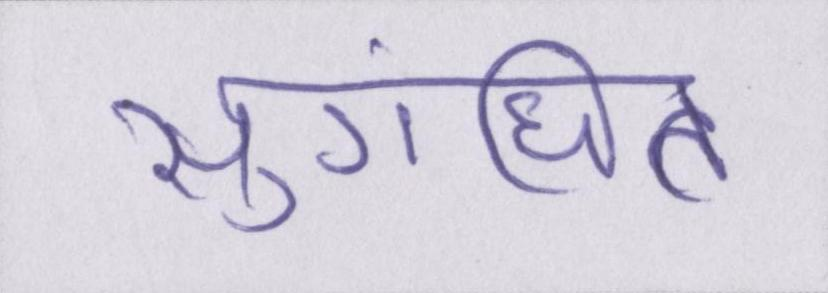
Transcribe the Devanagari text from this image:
सुगंधित